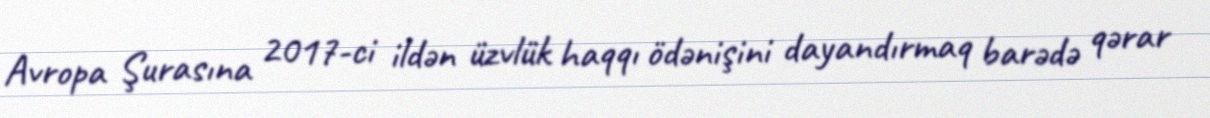
Avropa Şurasına 2017-ci ildən üzvlük haqqı ödənişini dayandırmaq barədə qərar